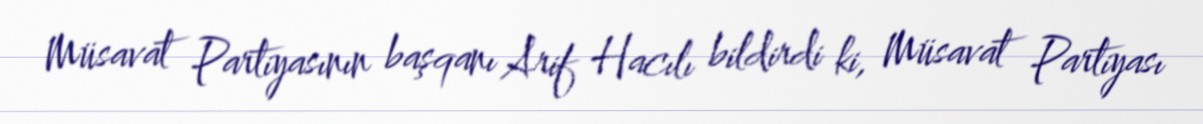
Müsavat Partiyasının başqanı Arif Hacılı bildirdi ki, Müsavat Partiyası